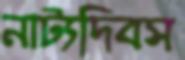
নাট্যদিবস